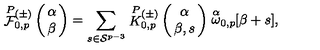
\stackrel { P } { \cal F } { } \! \! _ { 0 , p } ^ { ( \pm ) } \left( \begin{array} { c } { \! \! \alpha \! \! } \\ { \! \! \beta \! \! } \\ \end{array} \right) = \sum _ { s \in { \cal S } ^ { p - 3 } } \stackrel { P } { K } { } \! \! _ { 0 , p } ^ { ( \pm ) } \left( \begin{array} { c } { \! \! \alpha \! \! } \\ { \! \! \beta , s \! \! } \\ \end{array} \right) \stackrel { \alpha } { \omega } _ { 0 , p } \! \! \lbrack \beta + s \rbrack ,